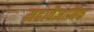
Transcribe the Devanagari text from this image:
महावैज्ञानिक